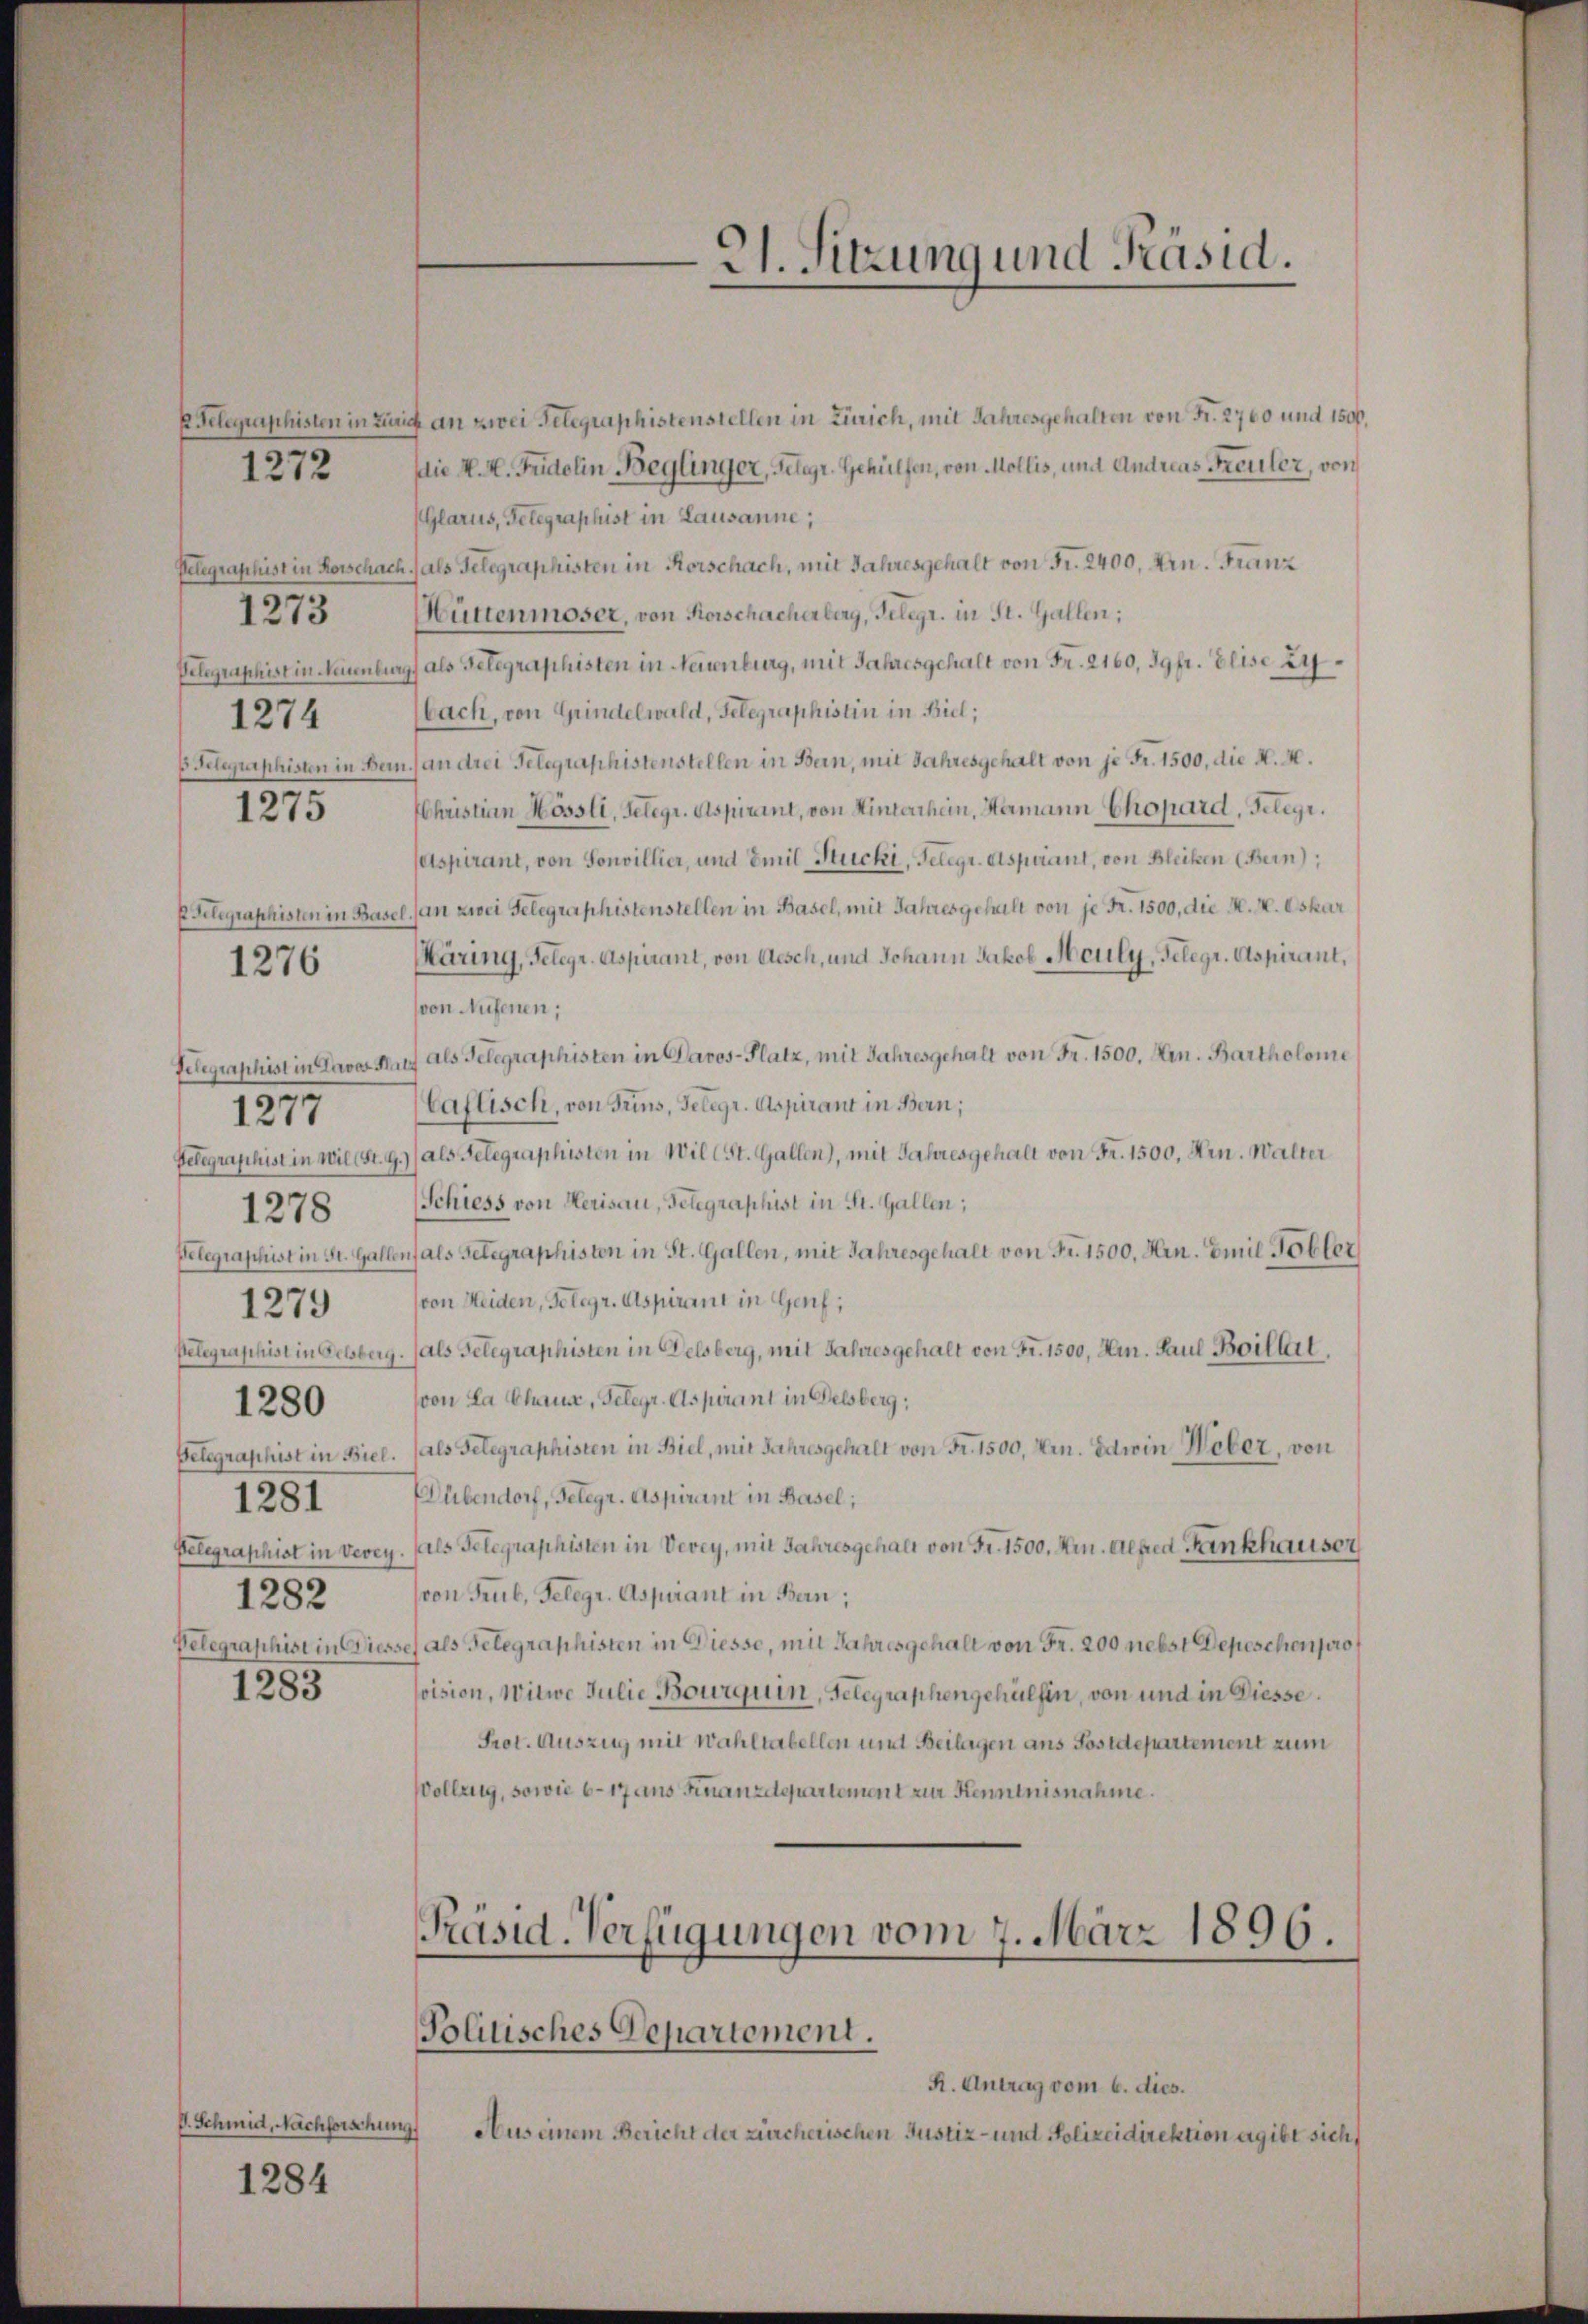
1272

1273
1274
1275

1276

1280
1281
1282
1283

1277

1278

1279

V. Schmid, Nachforschun

1284

A. Sitzung und Präsid.

EGelegraphisten in Zürich an zwei Telegraphistenstellen in Zürich, mit Jahresgehalten von Fr. 2700 und 1500.
die K. K. Fridolin Beglinger, Telegr. Gehülfen, von Mollis, und Andreas Freuler, von
(Glarus, Gelegraphist in Lausanne;
Velegraphist in Horschach) als Telegraphisten in Rorschach, mit Jahresgehalt von Fr. 2400. Arn. Franz
Wüttenmoser, von Rorschacherberg, Telegr. in St. Gallen;
Velegraphist in Neuenburg, als Gelegraphisten in Neuenburg, mit Jahresgehalt von Fr. 2160, 39fr. Elise zubach, von Grindelwald, Gelegraphistin in Biel;
s Telegraphisten in Bern) an drei Gelegraphistenstellen in Bern, mit Jahresgehalt von je Fr. 1500, die K. A.
Christian Mössli, Gelegr. Aspirant, von Hinterhein, Hamann Chapard, Gelegr.
(Aspirant, von Sonvillier, und Emil Stucki, Gelegr. Aspirant, von Bleiken (Bern),
P Gelegraphisten in Basel. (an zwei Gelegraphistenstellen in Basel, mit Jahresgehalt von je Fr. 1500, die M. V. Oskar
äring, Gelegr. Aspirant, von Aesch, und Johann Jakob Meuly, Gelegr. Aspirant,
von Aufenen;
Felegraphist in Davos Kauf als Telegraphisten in Davos- Platz, mit Jahresgehalt von Fr. 1500. Hrn. Bartholome
Caflisch, von Trins, Gelegr. Aspirant in Bern;
Telegraphist in wil (St. G.) als Gelegraphisten in Wil (St. Gallen), mit Jahresgehalt von Fr. 1500. Hrn. Walter
Schiess von Herisau, Gelegraphist in St. Gallen;
Pelegraphist in St. Gallen, als Gelegraphisten in St. Gallen, mit Jahresgehalt von Fr. 1500. Hrn. Emil Tobler
von Heiden, Gelegr. Aspirant in Genf;
Telegraphist in Felsberg. (als Gelegraphisten in Delsberg, mit Jahresgehalt von Fr. 1500, Hrn. Paul Boillet.
(von La Chause, Gelegr. Aspirant in Felsberg:
Gelegraphist in Biel. (als Gelegraphisten in Biel, mit Jahresgehalt von Fr. 1500, Hrn. Edwin Weber, von
Dübendorf, Gelegr. Aspirant in Basel;
Telegraphist in Vevey. fals Telegraphisten in Verey, mit Jahresgehalt von Fr. 1500. Hrn. Alped. Fankhauser
von Grub, Gelegr. Aspirant in Bern;
Velegraphist in Diesse als Telegraphisten in Diesse, mit Jahresgehalt von Fr. 200 nebst Depeschenpro
vision, Witwe Julie Bourquin, Telegraphengehülfen, von und in Diesse.
Prot. Auszug mit Wahltabellen mit Beilagen aus Postdepartement zum
Wolleng, sowie 617 aus Finanzdepartement zur Kenntnisnahme.

Präsid. Verfügungen vom 7. März 1896.
Politisches Departement.

R. Antrag vom 6. dies.
4
Aus einem Bericht der zürcherischen Justiz- und Polizeidirektion ergibt sich